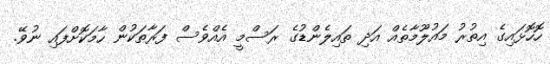
ހޮހޮޅައިގެ އިތުރު މައުލޫމާތެއް އަދި ތައިލެންޑުގެ ރަސްމީ އެއްވެސް ފަރާތަކުން ހާމަކޮށްފައި ނުވޭ.